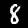
Digit: 8